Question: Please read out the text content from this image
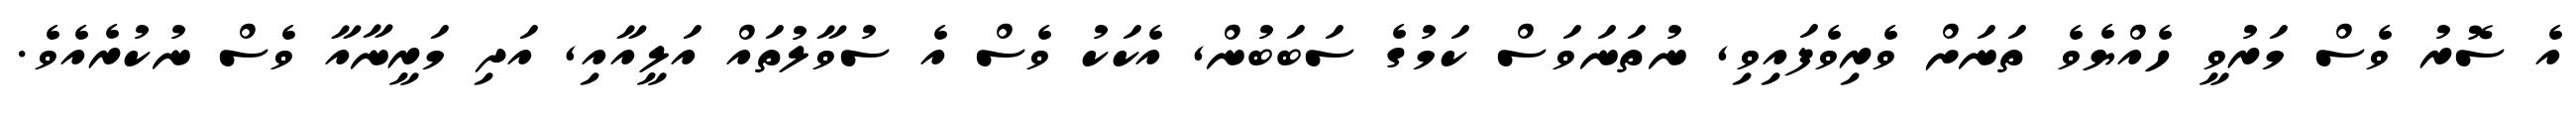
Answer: އެ ސޮރު ވެސް މަރުވީ ހެއްޔެވެ ތަނަށް ވެރިވެފައިވި, ނުތަނަވަސް ކަމުގެ ސަބަބުން, އެކަކު ވެސް އެ ސުވާލުތައް އަލީއާއި, އަދި މަރީނާއާ ވެސް ނުކުރެއެވެ.